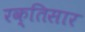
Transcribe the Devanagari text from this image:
रक्तिसार